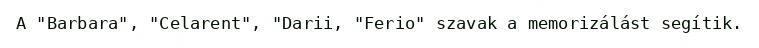
A "Barbara", "Celarent", "Darii, "Ferio" szavak a memorizálást segítik.